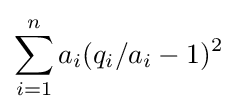
\sum _{i=1}^{n}a_{i}(q_{i}/a_{i}-1)^{2}